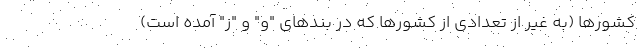
کشورها (به غیر از تعدادی از کشورها که در بندهای "و" و "ز" آمده است)